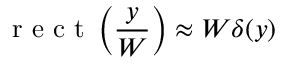
\mathrm { ~ r ~ e ~ c ~ t ~ } \left( \frac { y } { W } \right) \approx W \delta ( y )